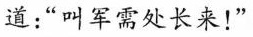
道：”叫军需处长来！”